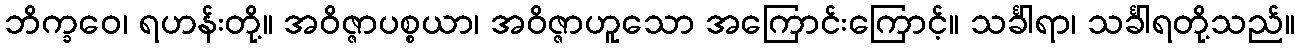
ဘိက္ခဝေ၊ ရဟန်းတို့။ အဝိဇ္ဇာပစ္စယာ၊ အဝိဇ္ဇာဟူသော အကြောင်းကြောင့်။ သင်္ခါရာ၊ သင်္ခါရတို့သည်။